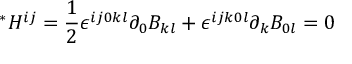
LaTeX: { } ^ { * } H ^ { i j } = \frac { 1 } { 2 } \epsilon ^ { i j 0 k l } \partial _ { 0 } B _ { k l } + \epsilon ^ { i j k 0 l } \partial _ { k } B _ { 0 l } = 0